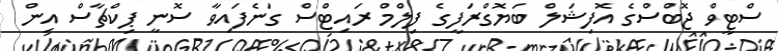
ސްޓީވް ޖޮބްސްގެ އޮފިޝަލް ބަޔޮގްރަފީގެ ފިލްމް ރައިޓްސް ގަނެފައިވާ ސޮނީ ޕިކްޗާސް އިން